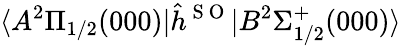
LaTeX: \langle A^{2}\Pi_{1/2}(000)|\hat{h}^{\mathrm{~S~O~}}|B^{2}\Sigma_{1/2}^{+}(000)\rangle